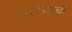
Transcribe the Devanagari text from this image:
नरकेशुचौ